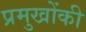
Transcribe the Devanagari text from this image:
प्रमुखोंकी